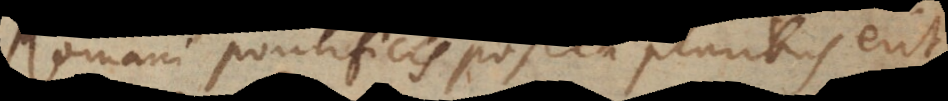
Romani Pontificis postea pluribus erit